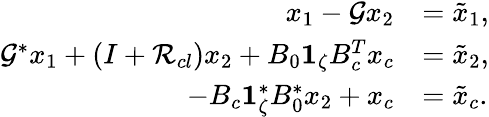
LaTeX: \begin{array}{rl}{x_{1}-\mathcal{G}x_{2}}&{=\tilde{x}_{1},}\\ {\mathcal{G}^{*}x_{1}+\left(I+\mathcal{R}_{cl}\right)x_{2}+B_{0}\mathbf{1}_{\zeta}B_{c}^{T}x_{c}}&{=\tilde{x}_{2},}\\ {-B_{c}\mathbf{1}_{\zeta}^{*}B_{0}^{*}x_{2}+x_{c}}&{=\tilde{x}_{c}.}\end{array}